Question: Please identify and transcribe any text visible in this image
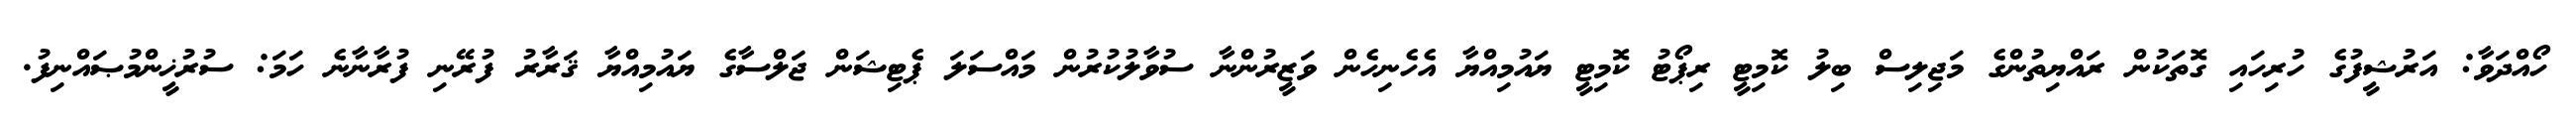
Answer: ހޯއްދަވާ: އަރުޝީފުގެ ހުރިހައި ގޮތަކުން ރައްޔިތުންގެ މަޖިލިސް ބިލު ކޮމިޓީ ރިޕޯޓު ކޮމިޓީ ޔައުމިއްޔާ އެހެނިހެން ވަޒީރުންނާ ސުވާލުކުރުން މައްސަލަ ޕެޓިޝަން ޖަލްސާގެ ޔައުމިއްޔާ ޤަރާރު ފުރޭނި ފުރާނާނެ ހަމަ: ސުރުޚީންމުޞައްނިފު.